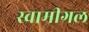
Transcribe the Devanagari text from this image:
स्वामीगल